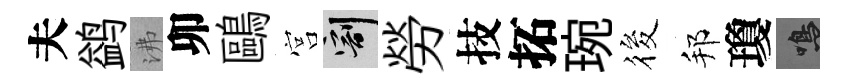
夫鹢沸卯鷗宫割勞技拓琬筱邦瓊鳴